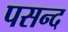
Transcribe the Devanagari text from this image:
पसन्‍द